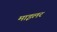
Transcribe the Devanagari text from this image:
माइलर